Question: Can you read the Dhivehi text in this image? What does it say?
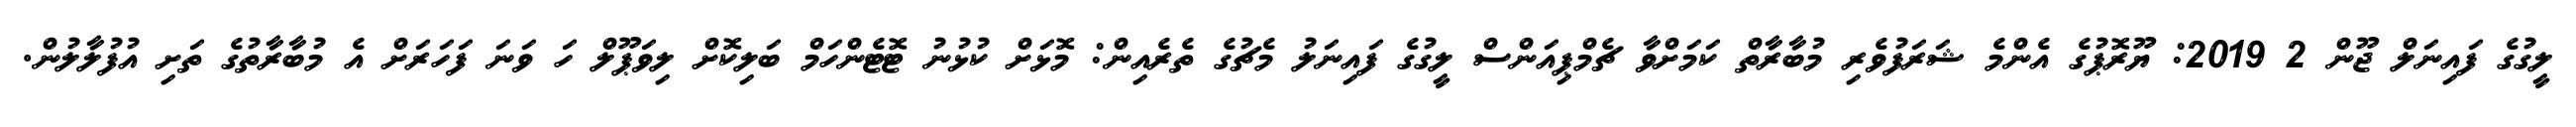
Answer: ލީގުގެ ފައިނަލް ޖޫން 2 2019: ޔޫރޮޕުގެ އެންމެ ޝަރަފުވެރި މުބާރާތް ކަމަށްވާ ޗެމްޕިއަންސް ލީގުގެ ފައިނަލު މެޗުގެ ތެރެއިން: މޮޅަށް ކުޅުނު ޓޮޓެންހަމް ބަލިކޮށް ލިވަޕޫލް ހަ ވަނަ ފަހަރަށް އެ މުބާރާތުގެ ތަށި އުފުލާލުން.